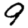
Digit: 9